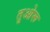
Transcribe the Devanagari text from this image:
तुओरू